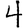
Digit: 4